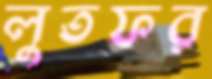
লুতফর